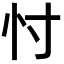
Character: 忖